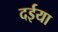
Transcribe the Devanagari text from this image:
दईया